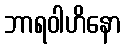
ဘာရဝါဟိနော